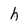
Character: h